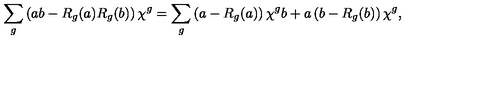
\sum _ { g } \left( a b - R _ { g } ( a ) R _ { g } ( b ) \right) \chi ^ { g } = \sum _ { g } \left( a - R _ { g } ( a ) \right) \chi ^ { g } b + a \left( b - R _ { g } ( b ) \right) \chi ^ { g } ,